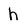
Character: h